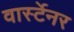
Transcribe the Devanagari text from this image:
वार्स्टेनर